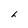
Character: 6